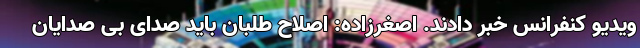
ویدیو کنفرانس خبر دادند. اصغرزاده: اصلاح طلبان باید صدای بی صدایان